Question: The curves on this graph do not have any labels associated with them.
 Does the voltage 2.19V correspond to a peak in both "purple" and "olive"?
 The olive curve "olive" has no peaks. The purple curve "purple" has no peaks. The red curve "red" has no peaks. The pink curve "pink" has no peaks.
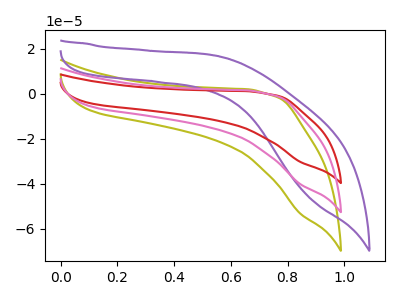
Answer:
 <answer>No, "purple" and "olive" dont share a peak at 2.19V.</answer>
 <eval>mismatch</eval>